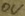
Text: ov